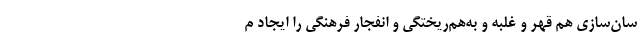
سان‌سازی‌ هم قهر و غلبه و به‌هم‌ریختگی و انفجار فرهنگی را ایجاد م